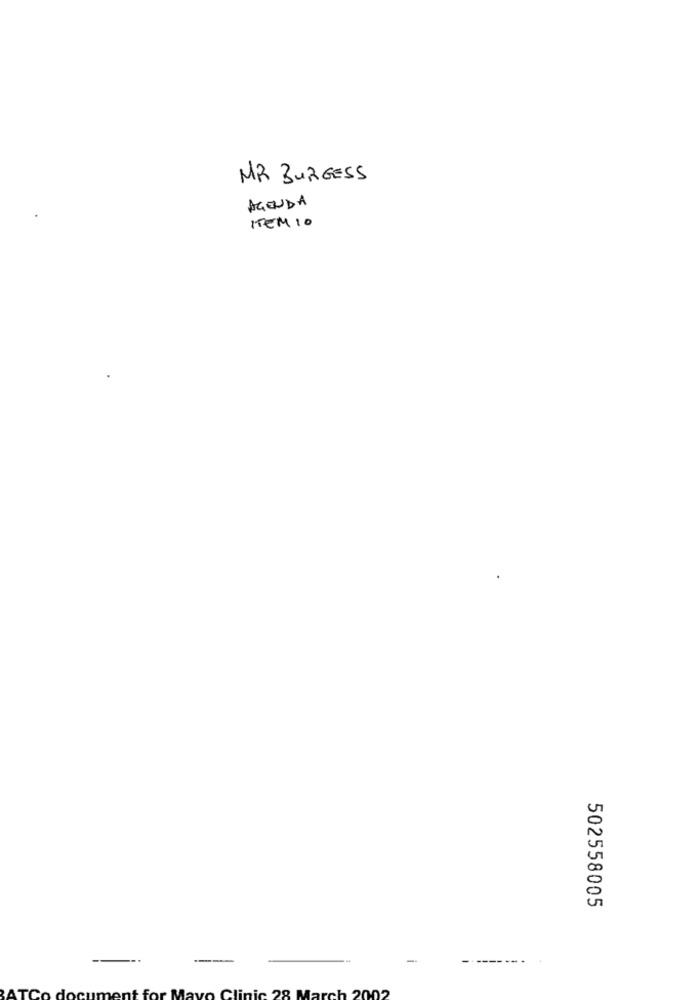
MR BURGESS
AGENDA
ITEM 10
502558005
-
inic 28 March 2002